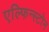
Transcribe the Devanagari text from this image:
एल्फिन्स्टोन